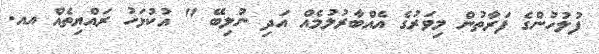
ފުލުހުންގެ ފަރާތުން މިވަރުގެ އެއްބާރުލުމެއް އަދި ނުލިބޭ " އުކުޅަހު ރައްޔިތެއް އއ.